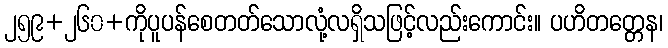
၂၅၉+၂၆၀+ကိုပူပန်စေတတ်သောလုံ့လရှိသဖြင့်လည်းကောင်း။ ပဟိတတ္တေန၊